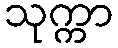
သုက္ကာ